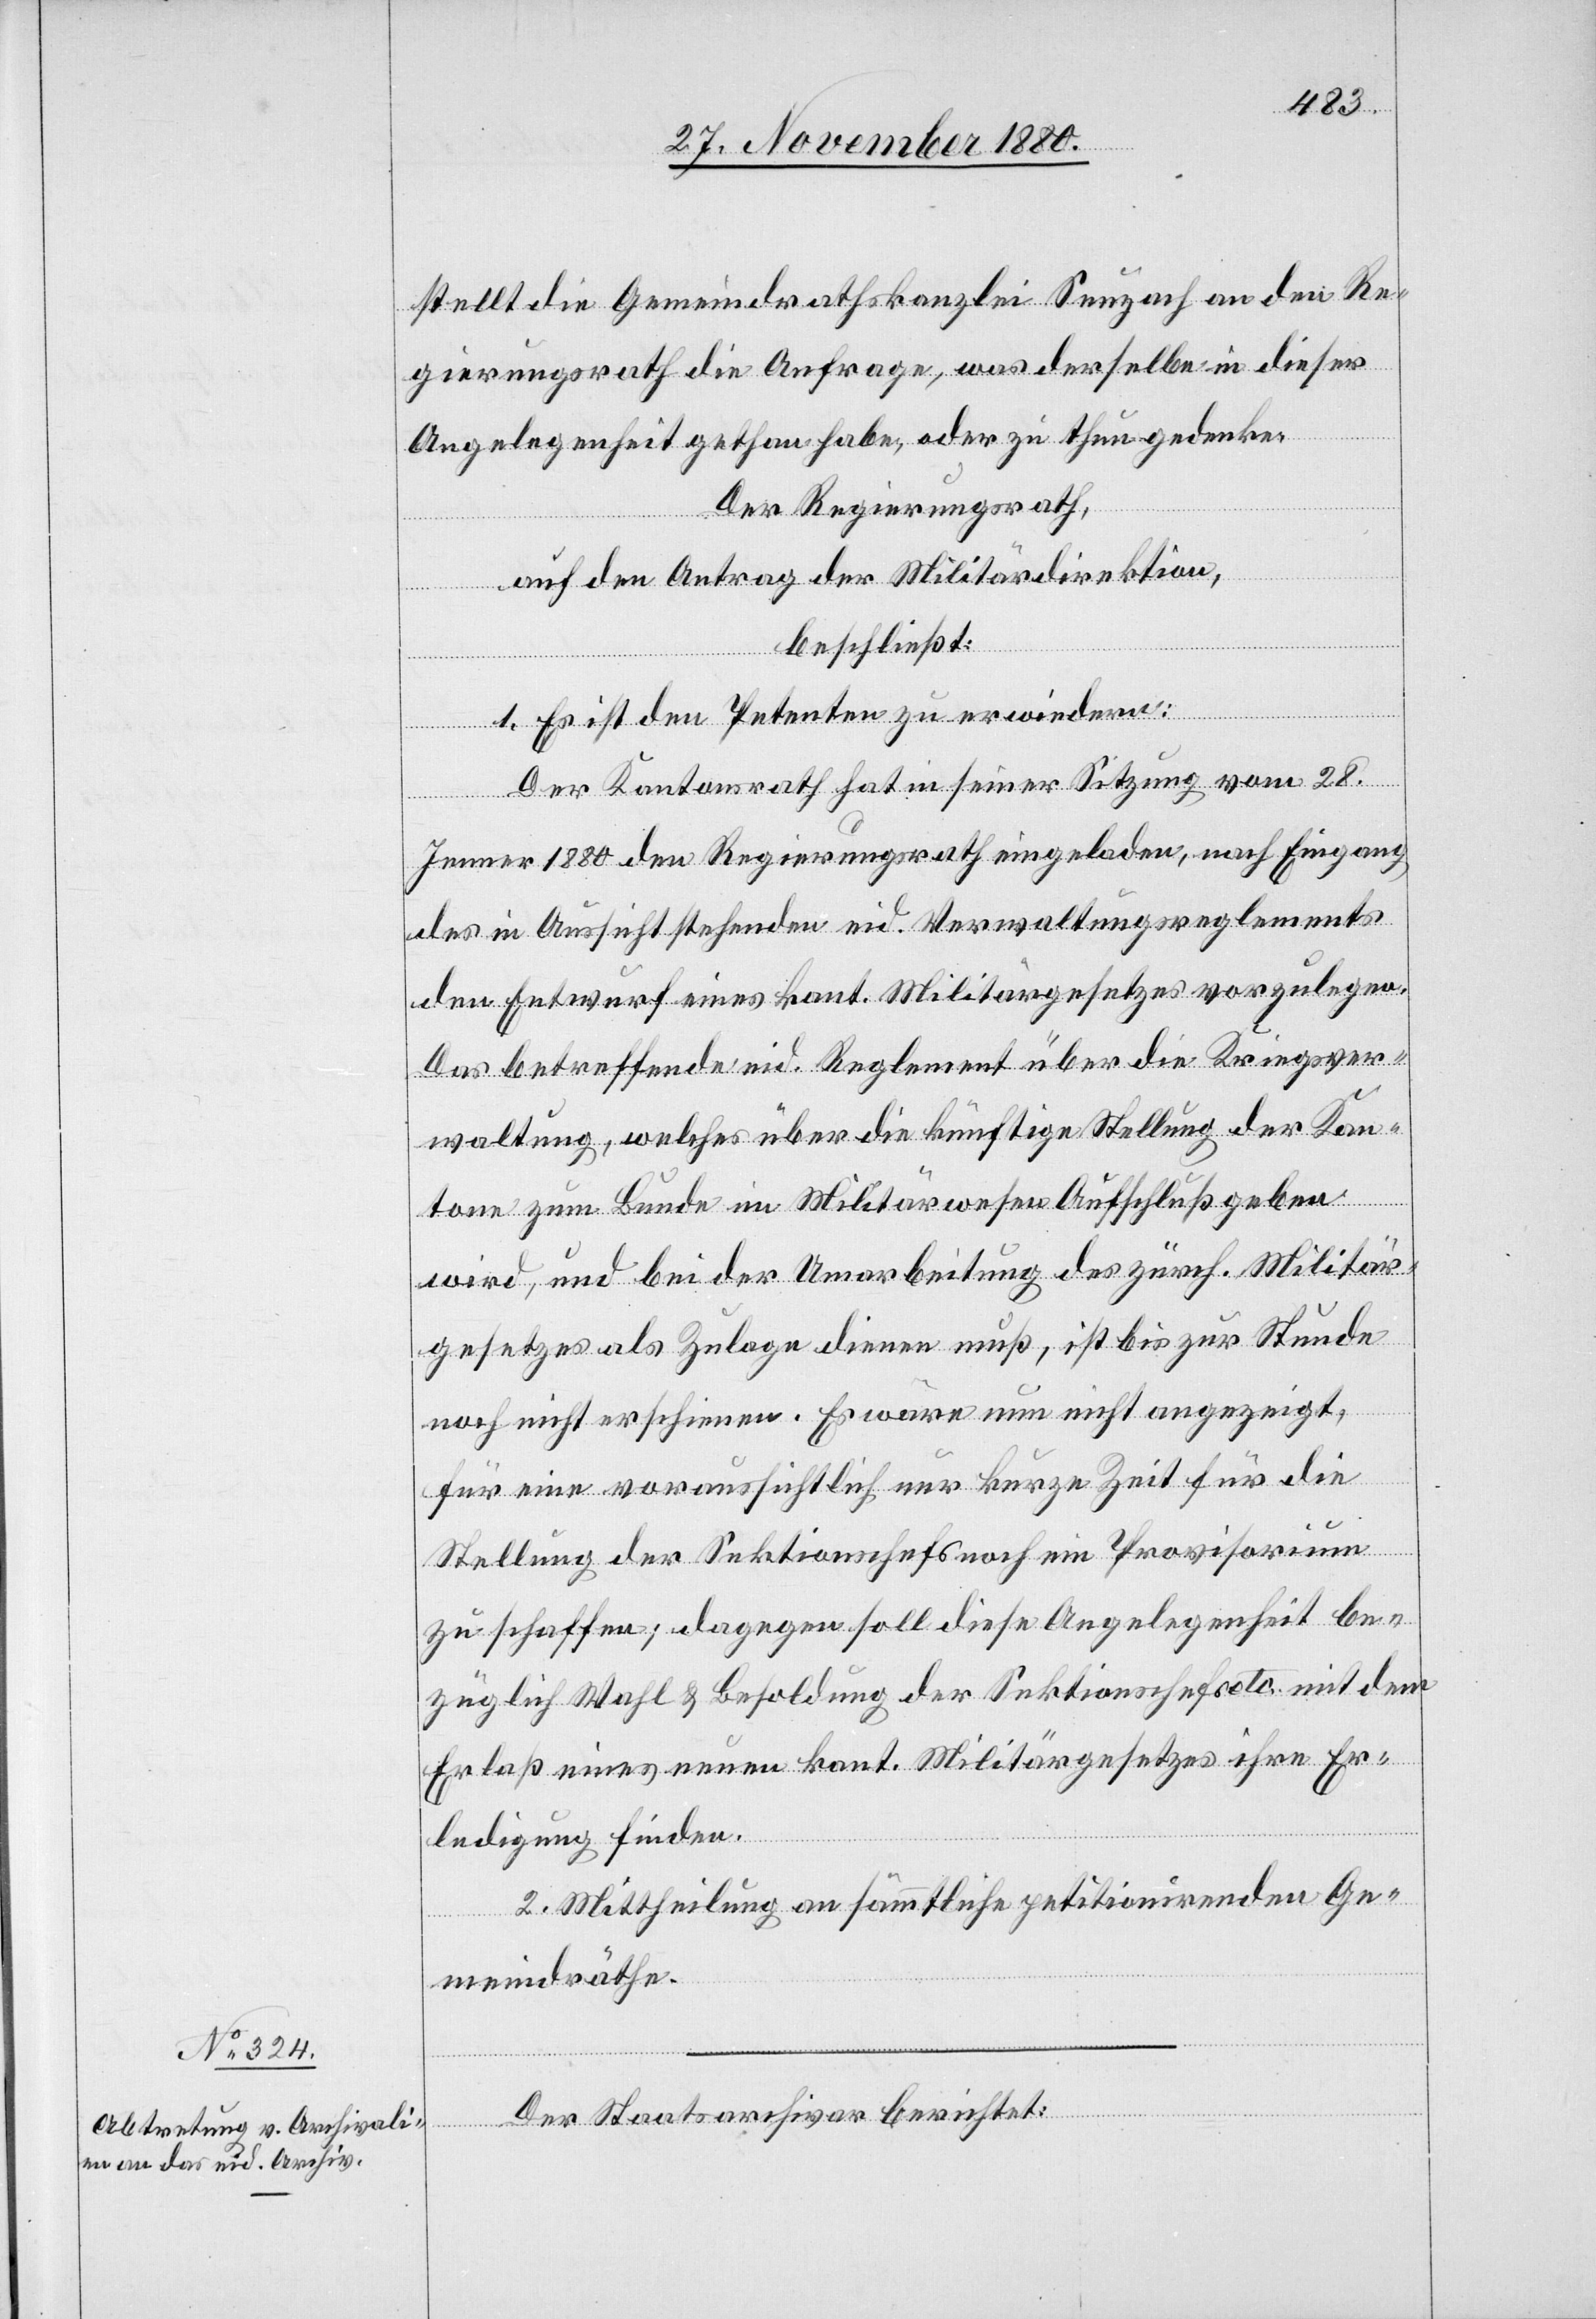
stellt die Gemeindrathskanzlei Seuzach an den Re¬
gierungsrath die Anfrage, was derselbe in dieser
Angelegenheit gethan habe, oder zu thun gedenke.
Der Regierungsrath,
berichtet:
auf den Antrag der Militärdirektion,
beschließt:
1. Es ist den Petenten zu erwiedern:
Der Kantonsrath hat in seiner Sitzung vom 28.
Jenner 1880 den Regierungsrath eingeladen, nach Eingang
des in Aussicht stehenden eid. Verwaltungsreglements
den Entwurf eines kant. Militärgesetzes vorzulegen.
Das betreffend eid. Reglement über die Kriegsver¬
waltung, welches über die künftige Stellung der Kan¬
tone zum Bunde im Militärwesen Aufschluß geben
wird, und bei der Umarbeitung des zürch. Militär¬
gesetzes als Zulage dienen muß, ist bis zur Stunde
noch nicht erschienen. Es wäre nun nicht angezeigt,
für eine voraussichtlich nur kurze Zeit für die
Stellung der Sektionschefs noch ein Provisorium
zu schaffen; dagegen soll diese Angelegenheit be¬
züglich Wahl & Besoldung der Sektionschefs etc. mit dem
Erlaß eines neuen kant. Militärgesetzes ihre Er¬
ledigung finden.
2. Mittheilung an sämmtliche petitionirenden Ge¬
meindräthe.